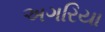
અગરિયા